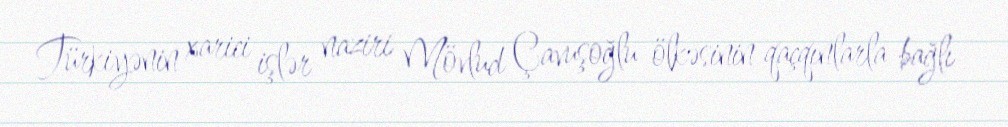
Türkiyənin xarici işlər naziri Mövlud Çavuşoğlu ölkəsinin qaçqınlarla bağlı